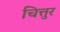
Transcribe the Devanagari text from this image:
चित्तुर